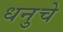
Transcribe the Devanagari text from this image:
धनुचे